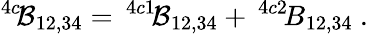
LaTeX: ^{4c}\! {\cal B}_{12,34}=\, ^{4c1}\! {\cal B}_{12,34}+\, ^{4c2}\! B_{12,34}\ .